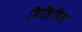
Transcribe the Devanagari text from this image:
मिलिबिस